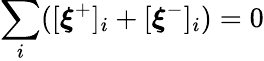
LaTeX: \sum_{i}([\boldsymbol{\xi}^{+}]_{i}+[\boldsymbol{\xi}^{-}]_{i})=0